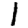
Digit: 1